Annual administration report of the Civil Veterinary Department of India - 1894-1895
Year: 1894
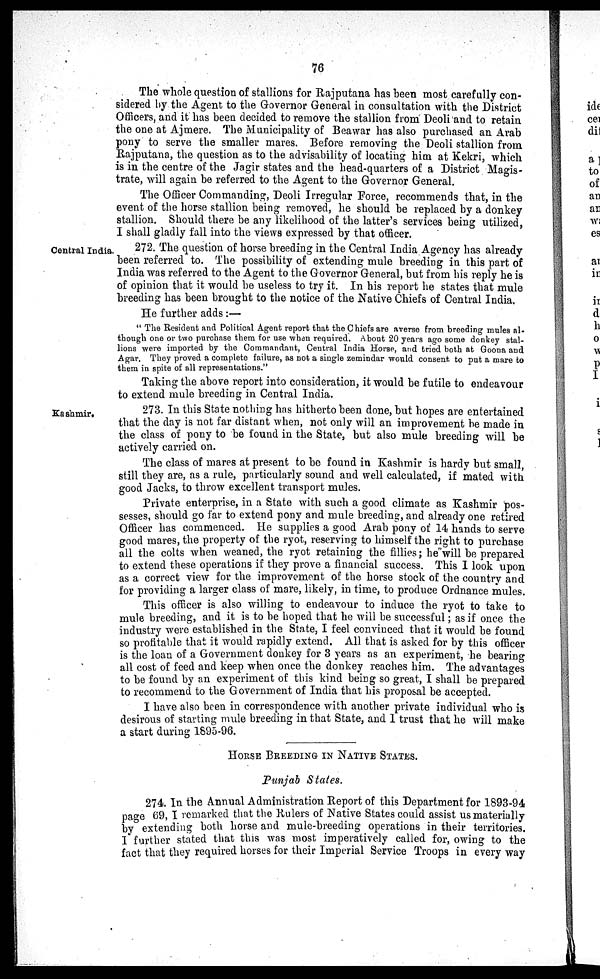
76
The whole question of stallions for Rajputana has been most carefully con-
sidered by the Agent to the Governor General in consultation with the District
Officers, and it has been decided to remove the stallion from Deoli and to retain
the one at Ajmere. The Municipality of Beawar has also purchased an Arab
pony to serve the smaller mares. Before removing the Deoli stallion from
Rajputana, the question as to the advisability of locating him at Kekri, which
is in the centre of the Jagir states and the head-quarters of a District Magis-
trate, will again be referred to the Agent to the Governor General.
The Officer Commanding, Deoli Irregular Force, recommends that, in the
event of the horse stallion being removed, he should be replaced by a donkey
stallion. Should there be any likelihood of the latter's services being utilized,
I shall gladly fall into the views expressed by that officer.
Central India.
272. The question of horse breeding in the Central India Agency has already
been referred to. The possibility of extending mule breeding in this part of
India was referred to the Agent to the Governor General, but from his reply he is
of opinion that it would be useless to try it. In his report he states that mule
breeding has been brought to the notice of the Native Chiefs of Central India.
He further adds :—
" The Resident and Political Agent report that the Chiefs are averse from breeding mules al-
though one or two purchase them for use when required. About 20 years ago some donkey stal-
lions were imported by the Commandant, Central India Horse, and tried both at Goona and
Agar. They proved a complete failure, as not a single zemindar would consent to put a mare to
them in spite of all representations."
Taking the above report into consideration, it would be futile to endeavour
to extend mule breeding in Central India.
Kashmir.
273. In this State nothing has hitherto been done, but hopes are entertained
that the day is not far distant when, not only will an improvement he made in
the class of pony to be found in the State, but also mule breeding will be
actively carried on.
The class of mares at present to be found in Kashmir is hardy but small,
still they are, as a rule, particularly sound and well calculated, if mated with
good Jacks, to throw excellent transport mules.
Private enterprise, in a State with such a good climate as Kashmir pos-
sesses, should go far to extend pony and mule breeding, and already one retired
Officer has commenced. He supplies a good Arab pony of 14 hands to serve
good mares, the property of the ryot, reserving to himself the right to purchase
all the colts when weaned, the ryot retaining the fillies; he will be prepared
to extend these operations if they prove a financial success. This I look upon
as a correct view for the improvement of the horse stock of the country and
for providing a larger class of mare, likely, in time, to produce Ordnance mules.
This officer is also willing to endeavour to induce the ryot to take to
mule breeding, and it is to be hoped that he will be successful; as if once the
industry were established in the State, I feel convinced that it would be found
so profitable that it would rapidly extend. All. that is asked for by this officer
is the loan of a Government donkey for 3 years as an experiment, he bearing
all cost of feed and keep when once the donkey reaches him. The advantages
to be found by an experiment of this kind being so great, I shall be prepared
to recommend to the Government of India that his proposal be accepted.
I have also been in correspondence with another private individual who is
desirous of starting mule breeding in that State, and I trust that he will make
a start during 1895-96.
HOUSE BREEDING IN NATIVE STATES.
Punjab States.
274. In the Annual Administration Report of this Department for 1893-94,
page 69, I remarked that the Rulers of Native States could assist us materially
by extending both horse and mule-breeding operations in their territories.
I further stated that this was most imperatively called for, owing to the
fact that they required horses for their Imperial Service Troops in every way